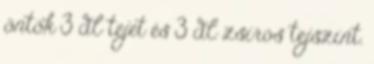
öntök 3 dl tejet és 3 dl zsíros tejszínt.